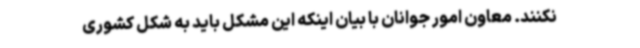
نکنند. معاون امور جوانان با بیان اینکه این مشکل باید به شکل کشوری